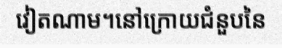
វៀតណាម។នៅក្រោយជំនួបនៃ